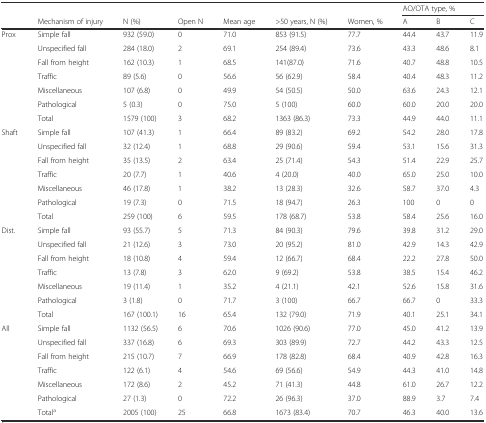
<table><thead><tr><td></td><td></td><td></td><td></td><td></td><td></td><td></td><td colspan="3"><b>AO/OTA type, %</b></td></tr><tr><td></td><td><b>Mechanism of injury</b></td><td><b>N (%)</b></td><td><b>Open N</b></td><td><b>Mean age</b></td><td><b>&gt;50 years, N (%)</b></td><td><b>Women, %</b></td><td><b>A</b></td><td><b>B</b></td><td><b>C</b></td></tr></thead><tbody><tr><td rowspan="7">Prox</td><td>Simple fall</td><td>932 (59.0)</td><td>0</td><td>71.0</td><td>853 (91.5)</td><td>77.7</td><td>44.4</td><td>43.7</td><td>11.9</td></tr><tr><td>Unspecified fall</td><td>284 (18.0)</td><td>2</td><td>69.1</td><td>254 (89.4)</td><td>73.6</td><td>43.3</td><td>48.6</td><td>8.1</td></tr><tr><td>Fall from height</td><td>162 (10.3)</td><td>1</td><td>68.5</td><td>141(87.0)</td><td>71.6</td><td>40.7</td><td>48.8</td><td>10.5</td></tr><tr><td>Traffic</td><td>89 (5.6)</td><td>0</td><td>56.6</td><td>56 (62.9)</td><td>58.4</td><td>40.4</td><td>48.3</td><td>11.2</td></tr><tr><td>Miscellaneous</td><td>107 (6.8)</td><td>0</td><td>49.9</td><td>54 (50.5)</td><td>50.0</td><td>63.6</td><td>24.3</td><td>12.1</td></tr><tr><td>Pathological</td><td>5 (0.3)</td><td>0</td><td>75.0</td><td>5 (100)</td><td>60.0</td><td>60.0</td><td>20.0</td><td>20.0</td></tr><tr><td>Total</td><td>1579 (100)</td><td>3</td><td>68.2</td><td>1363 (86.3)</td><td>73.3</td><td>44.9</td><td>44.0</td><td>11.1</td></tr><tr><td rowspan="7">Shaft</td><td>Simple fall</td><td>107 (41.3)</td><td>1</td><td>66.4</td><td>89 (83.2)</td><td>69.2</td><td>54.2</td><td>28.0</td><td>17.8</td></tr><tr><td>Unspecified fall</td><td>32 (12.4)</td><td>1</td><td>68.8</td><td>29 (90.6)</td><td>59.4</td><td>53.1</td><td>15.6</td><td>31.3</td></tr><tr><td>Fall from height</td><td>35 (13.5)</td><td>2</td><td>63.4</td><td>25 (71.4)</td><td>54.3</td><td>51.4</td><td>22.9</td><td>25.7</td></tr><tr><td>Traffic</td><td>20 (7.7)</td><td>1</td><td>40.6</td><td>4 (20.0)</td><td>40.0</td><td>65.0</td><td>25.0</td><td>10.0</td></tr><tr><td>Miscellaneous</td><td>46 (17.8)</td><td>1</td><td>38.2</td><td>13 (28.3)</td><td>32.6</td><td>58.7</td><td>37.0</td><td>4.3</td></tr><tr><td>Pathological</td><td>19 (7.3)</td><td>0</td><td>71.5</td><td>18 (94.7)</td><td>26.3</td><td>100</td><td>0</td><td>0</td></tr><tr><td>Total</td><td>259 (100)</td><td>6</td><td>59.5</td><td>178 (68.7)</td><td>53.8</td><td>58.4</td><td>25.6</td><td>16.0</td></tr><tr><td rowspan="7">Dist.</td><td>Simple fall</td><td>93 (55.7)</td><td>5</td><td>71.3</td><td>84 (90.3)</td><td>79.6</td><td>39.8</td><td>31.2</td><td>29.0</td></tr><tr><td>Unspecified fall</td><td>21 (12.6)</td><td>3</td><td>73.0</td><td>20 (95.2)</td><td>81.0</td><td>42.9</td><td>14.3</td><td>42.9</td></tr><tr><td>Fall from height</td><td>18 (10.8)</td><td>4</td><td>59.4</td><td>12 (66.7)</td><td>68.4</td><td>22.2</td><td>27.8</td><td>50.0</td></tr><tr><td>Traffic</td><td>13 (7.8)</td><td>3</td><td>62.0</td><td>9 (69.2)</td><td>53.8</td><td>38.5</td><td>15.4</td><td>46.2</td></tr><tr><td>Miscellaneous</td><td>19 (11.4)</td><td>1</td><td>35.2</td><td>4 (21.1)</td><td>42.1</td><td>52.6</td><td>15.8</td><td>31.6</td></tr><tr><td>Pathological</td><td>3 (1.8)</td><td>0</td><td>71.7</td><td>3 (100)</td><td>66.7</td><td>66.7</td><td>0</td><td>33.3</td></tr><tr><td>Total</td><td>167 (100.1)</td><td>16</td><td>65.4</td><td>132 (79.0)</td><td>71.9</td><td>40.1</td><td>25.1</td><td>34.1</td></tr><tr><td rowspan="7">All</td><td>Simple fall</td><td>1132 (56.5)</td><td>6</td><td>70.6</td><td>1026 (90.6)</td><td>77.0</td><td>45.0</td><td>41.2</td><td>13.9</td></tr><tr><td>Unspecified fall</td><td>337 (16.8)</td><td>6</td><td>69.3</td><td>303 (89.9)</td><td>72.7</td><td>44.2</td><td>43.3</td><td>12.5</td></tr><tr><td>Fall from height</td><td>215 (10.7)</td><td>7</td><td>66.9</td><td>178 (82.8)</td><td>68.4</td><td>40.9</td><td>42.8</td><td>16.3</td></tr><tr><td>Traffic</td><td>122 (6.1)</td><td>4</td><td>54.6</td><td>69 (56.6)</td><td>54.9</td><td>44.3</td><td>41.0</td><td>14.8</td></tr><tr><td>Miscellaneous</td><td>172 (8.6)</td><td>2</td><td>45.2</td><td>71 (41.3)</td><td>44.8</td><td>61.0</td><td>26.7</td><td>12.2</td></tr><tr><td>Pathological</td><td>27 (1.3)</td><td>0</td><td>72.2</td><td>26 (96.3)</td><td>37.0</td><td>88.9</td><td>3.7</td><td>7.4</td></tr><tr><td>Total<sup>a</sup></td><td>2005 (100)</td><td>25</td><td>66.8</td><td>1673 (83.4)</td><td>70.7</td><td>46.3</td><td>40.0</td><td>13.6</td></tr></tbody></table>